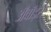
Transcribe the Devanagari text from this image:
अॅवॉर्ड्स